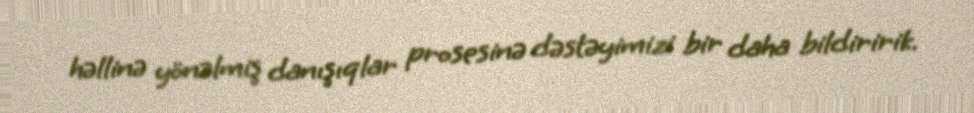
həllinə yönəlmiş danışıqlar prosesinə dəstəyimizi bir daha bildiririk.